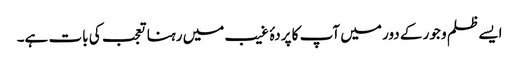
ایسے ظلم و جور کے دور میں آپ کا پردۂ غیب میں رہنا تعجب کی بات ہے۔